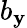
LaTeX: b_{\mathbf{y}}